38_143685_box_Incident_Summaries_101-172
Agency: Department of War
Page 16
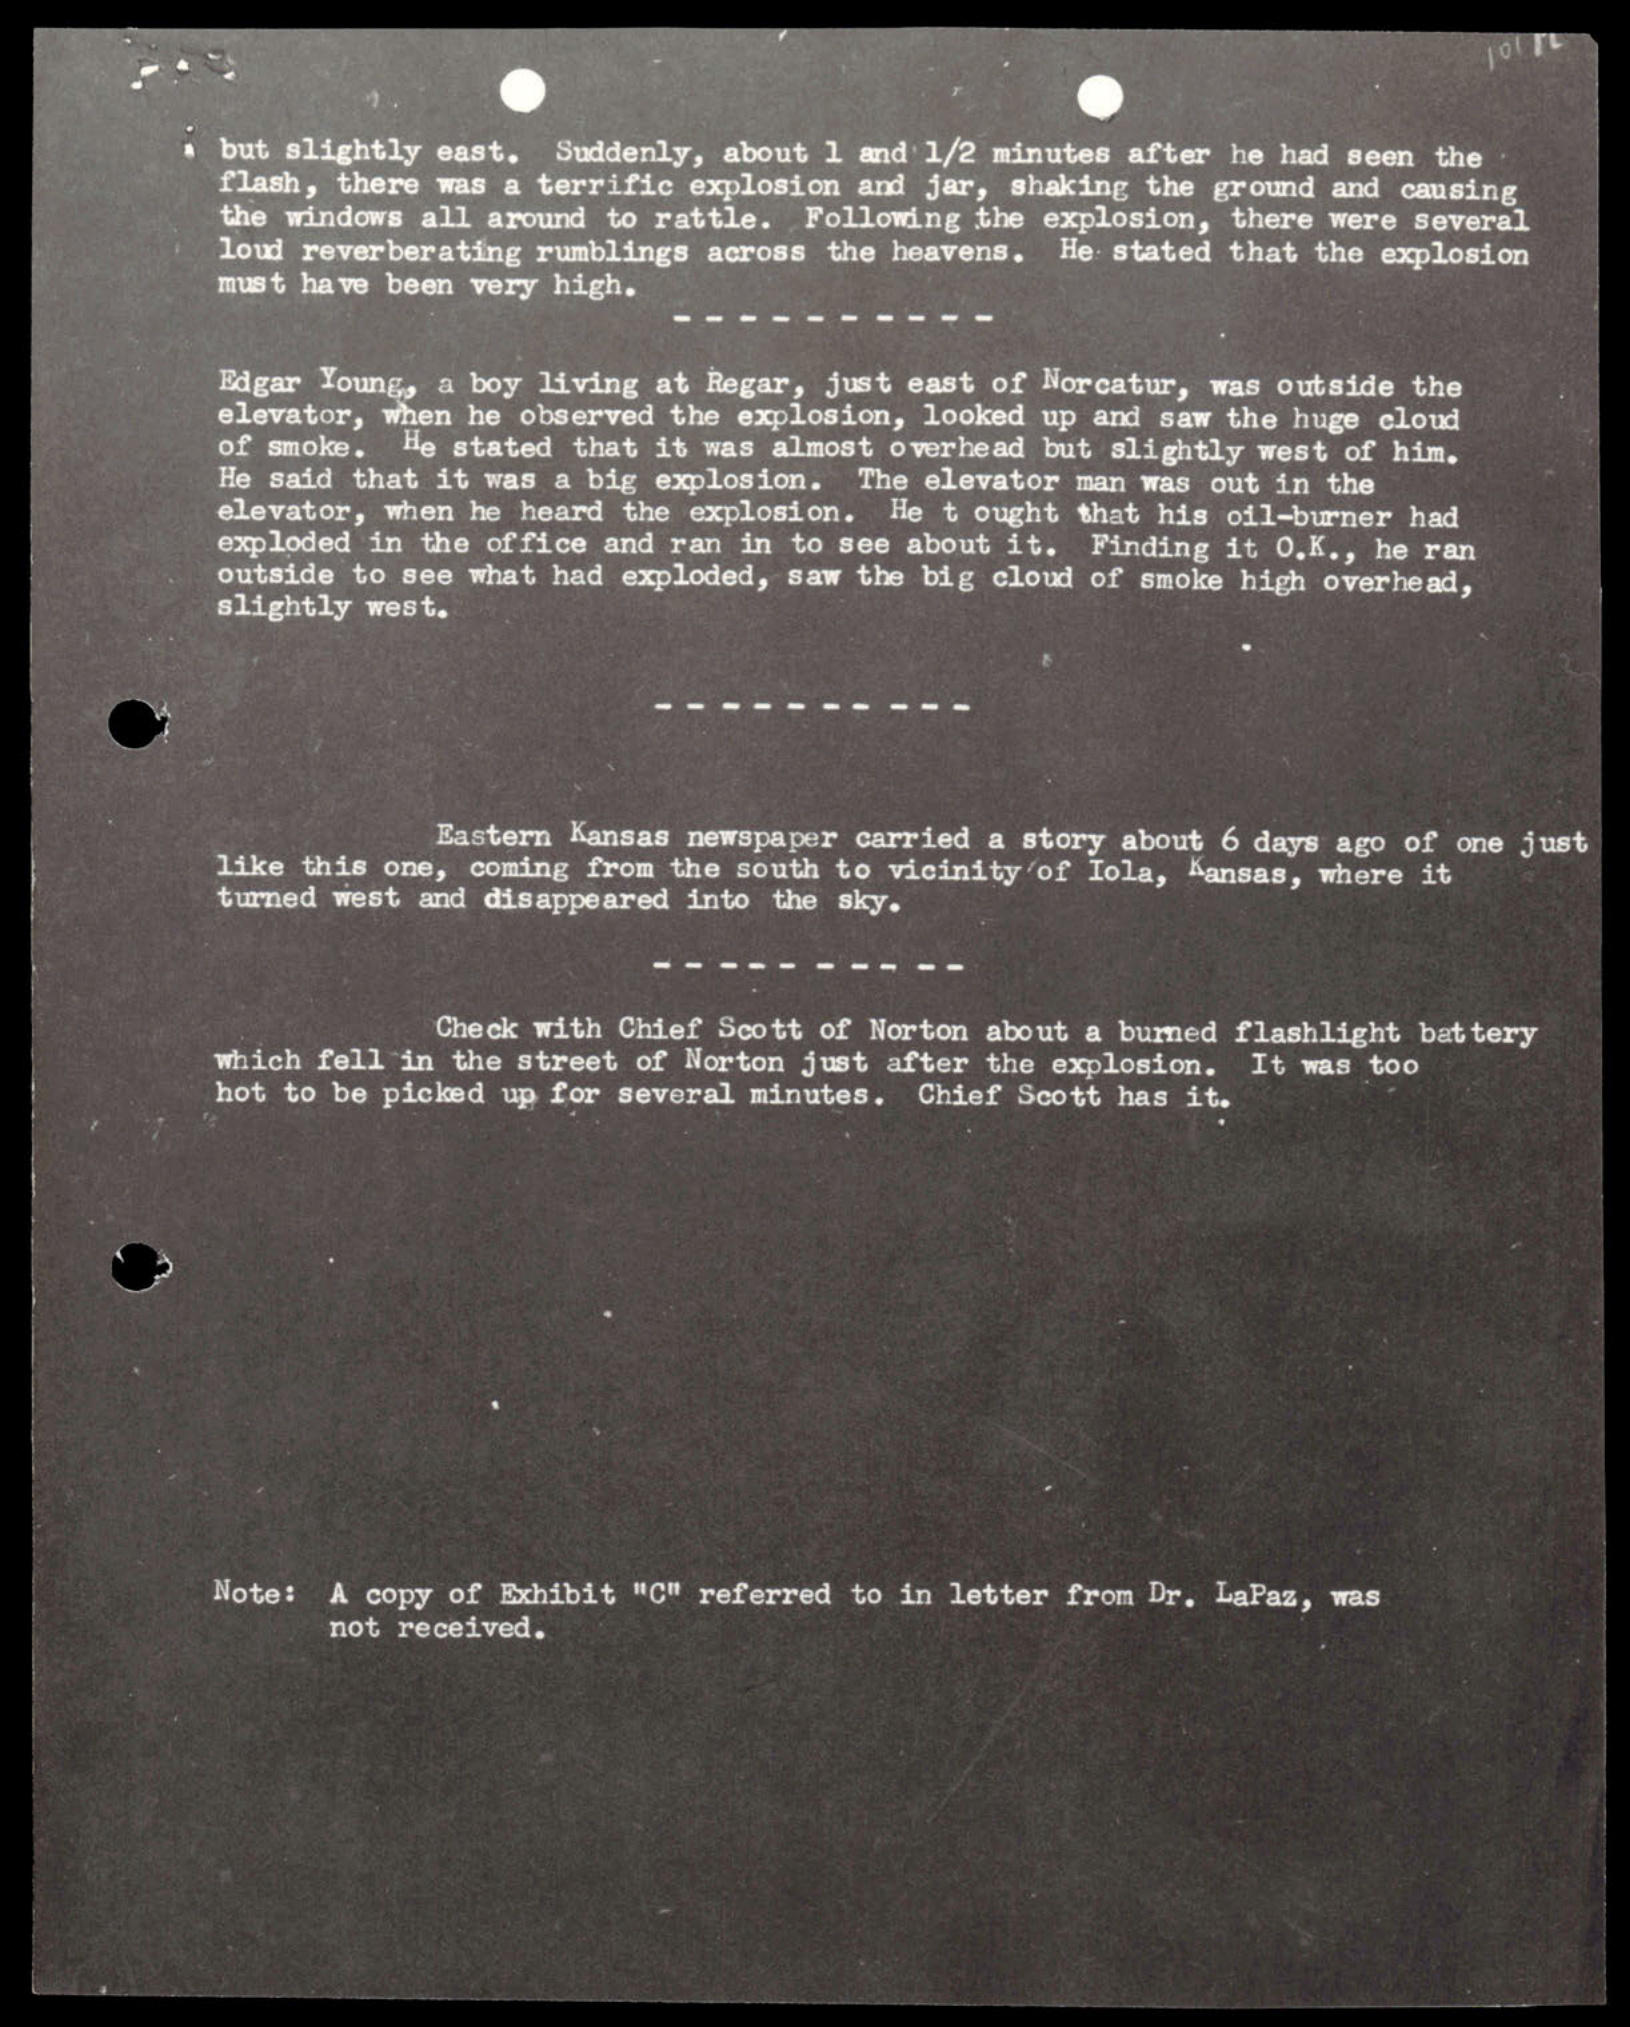